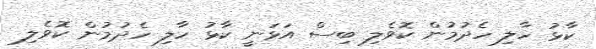
ކާޅު ހާލި ހެދުމުން ކޮވެލި ބިސް އަޅަނީ ކާޅު ހާލި ހެދުމުން ކޮވެލި